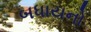
બધાયનો